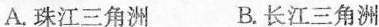
A. 珠江三角洲 B. 长江三角洲